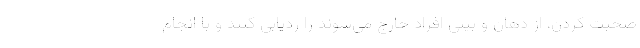
صحبت کردن، از دهان و بینی افراد خارج می‌شوند را ردیابی کنند و با انجام